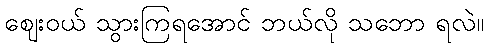
ဈေးဝယ် သွားကြရအောင် ဘယ်လို သဘော ရလဲ။